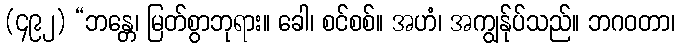
(၄၉၂) “ဘန္တေ၊ မြတ်စွာဘုရား။ ခေါ၊ စင်စစ်။ အဟံ၊ အကျွန်ုပ်သည်။ ဘဂဝတာ၊